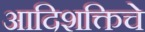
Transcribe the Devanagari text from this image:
आदिशक्तिचे